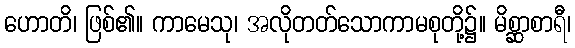
ဟောတိ၊ ဖြစ်၏။ ကာမေသု၊ အလိုတတ်သောကာမစုတို့၌။ မိစ္ဆာစာရီ၊